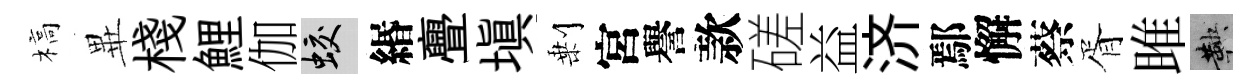
槁𭺾棧鯉伽蛟緡亹塡剰宮譽款磋益济鄢懈蔡胥雎鞅